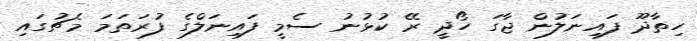
ހިތާދޫ ފައިނަލުން ޖާގަ ހޯދީ ރޭ ކުޅުނު ސެމީ ފައިނަލްގެ ފުރަތަމަ މެޗުގައި